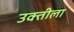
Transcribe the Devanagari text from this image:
उक्तीला